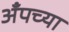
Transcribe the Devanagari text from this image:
अँपच्या